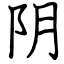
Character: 阴